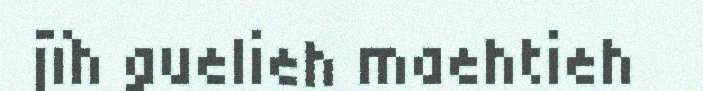
jïh guelieh maehtieh